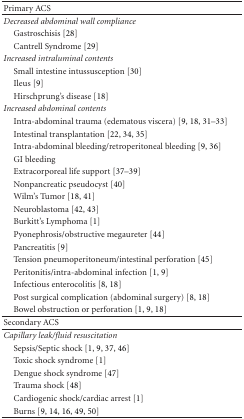
<table><thead><tr><td><b>Primary ACS</b></td><td></td></tr></thead><tbody><tr><td><i>Decreased abdominal wall compliance</i></td><td></td></tr><tr><td> Gastroschisis [28]</td><td></td></tr><tr><td> Cantrell Syndrome [29]</td><td></td></tr><tr><td><i>Increased intraluminal contents</i></td><td></td></tr><tr><td> Small intestine intussusception [30]</td><td></td></tr><tr><td> Ileus [9]</td><td></td></tr><tr><td> Hirschprung&#x27;s disease [18]</td><td></td></tr><tr><td><i>Increased abdominal contents</i></td><td></td></tr><tr><td> Intra-abdominal trauma (edematous viscera) [9, 18, 31–33]</td><td></td></tr><tr><td> Intestinal transplantation [22, 34, 35]</td><td></td></tr><tr><td> Intra-abdominal bleeding/retroperitoneal bleeding [9, 36]</td><td></td></tr><tr><td> GI bleeding</td><td></td></tr><tr><td> Extracorporeal life support [37–39]</td><td></td></tr><tr><td> Nonpancreatic pseudocyst [40]</td><td></td></tr><tr><td> Wilm&#x27;s Tumor [18, 41]</td><td></td></tr><tr><td> Neuroblastoma [42, 43]</td><td></td></tr><tr><td> Burkitt&#x27;s Lymphoma [1]</td><td></td></tr><tr><td> Pyonephrosis/obstructive megaureter [44]</td><td></td></tr><tr><td> Pancreatitis [9]</td><td></td></tr><tr><td> Tension pneumoperitoneum/intestinal perforation [45]</td><td></td></tr><tr><td> Peritonitis/intra-abdominal infection [1, 9]</td><td></td></tr><tr><td> Infectious enterocolitis [8, 18]</td><td></td></tr><tr><td> Post surgical complication (abdominal surgery) [8, 18]</td><td></td></tr><tr><td> Bowel obstruction or perforation [1, 9, 18]</td><td></td></tr><tr><td>Secondary ACS</td><td></td></tr><tr><td><i>Capillary leak/fluid resuscitation</i></td><td></td></tr><tr><td> Sepsis/Septic shock [1, 9, 37, 46]</td><td></td></tr><tr><td> Toxic shock syndrome [1]</td><td></td></tr><tr><td> Dengue shock syndrome [47]</td><td></td></tr><tr><td> Trauma shock [48]</td><td></td></tr><tr><td> Cardiogenic shock/cardiac arrest [1]</td><td></td></tr><tr><td> Burns [9, 14, 16, 49, 50]</td><td></td></tr></tbody></table>